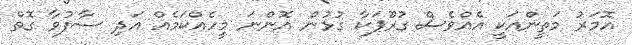
އޮމަރު މަތީންއަކީ އެއްވެސް ގުރޫޕަކާ ގުޅުން އޮންނަ މީހެއްކަމެއް އަދި ސާފުވާ ގޮތް